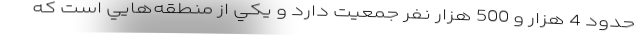
حدود 4 هزار و 500 هزار نفر جمعيت دارد و يكي از منطقه‌هايي است كه